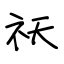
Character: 祆